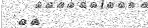
٣٣